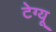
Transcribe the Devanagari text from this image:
टेग्यू